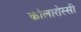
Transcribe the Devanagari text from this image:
कोलारोस्सी